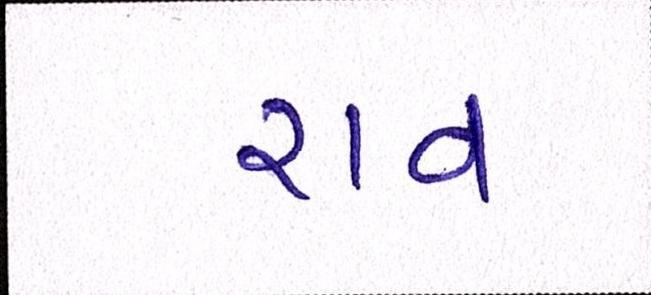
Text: રાવ